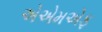
એએમએફ